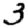
Digit: 3